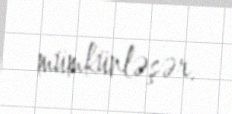
mümkünləşər.